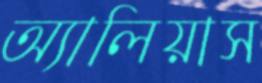
অ্যালিয়াস